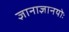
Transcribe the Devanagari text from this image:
ज्ञानाज्ञानयोः